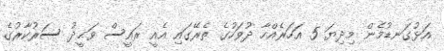
އަޅުގަނޑުމެން މިދިޔަ 5 އަހަރެއްހާ ދުވަހުގެ ތެރޭގައި އެއީ ރައީސް ވަޙީދު ސަރުކާރުގެ